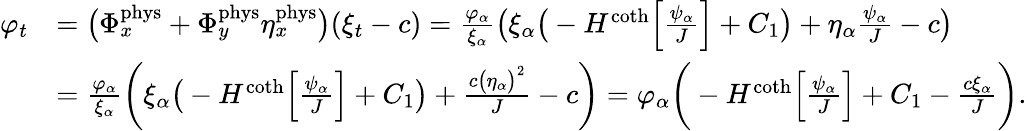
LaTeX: \begin{array}{rl}{\varphi_{t}}&{=\big(\Phi_{x}^{\mathrm{phys}}+\Phi_{y}^{\mathrm{phys}}\eta_{x}^{\mathrm{phys}}\big)(\xi_{t}-c)=\frac{\varphi_{\alpha}}{\xi_{\alpha}}\big(\xi_{\alpha}\big(-H^{\coth}\Big[\frac{\psi_{\alpha}}{J}\Big]+C_{1}\big)+\eta_{\alpha}\frac{\psi_{\alpha}}{J}-c\big)}\\ &{=\frac{\varphi_{\alpha}}{\xi_{\alpha}}\bigg(\xi_{\alpha}\big(-H^{\coth}\Big[\frac{\psi_{\alpha}}{J}\Big]+C_{1}\big)+\frac{c\big(\eta_{\alpha}\big)^{2}}{J}-c\bigg)=\varphi_{\alpha}\bigg(-H^{\coth}\Big[\frac{\psi_{\alpha}}{J}\Big]+C_{1}-\frac{c\xi_{\alpha}}{J}\bigg).}\end{array}